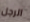
الرجل